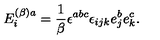
E _ { i } ^ { ( \beta ) a } = \frac { 1 } { \beta } \epsilon ^ { a b c } \epsilon _ { i j k } e _ { j } ^ { b } e _ { k } ^ { c } .